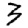
Digit: 3